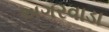
અગરવાડા